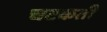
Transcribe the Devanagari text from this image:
चटकती